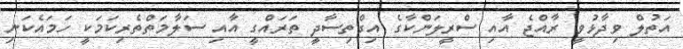
އަތުލް ވިދާޅުވީ ރާއްޖެ އާއި ސްރީލަންކާގެ އިގްތިސާދީ ތަަރައްގީ އާއި ސަލާމަތްތެރިކަމަކީ ހަމައެކަނި